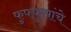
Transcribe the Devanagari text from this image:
फुफ्फुसांचे